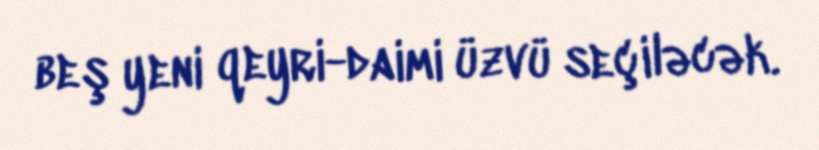
beş yeni qeyri-daimi üzvü seçiləcək.